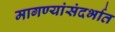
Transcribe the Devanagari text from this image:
मागण्यांसंदर्भात